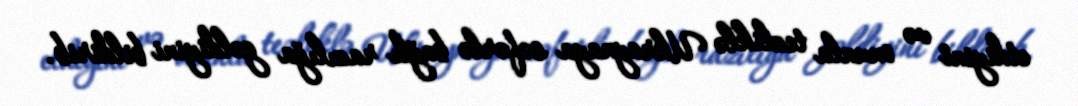
etdiyini və onunla tezliklə Ukraynaya səfərlə bağlı razılığa gəldiyini bildirib.